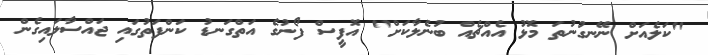
"ކަލެއަށް ނޭނގުނުތަ މޮޅު އެއްޗެއް ބުނެލާކަށް" އޮފީސް ފޯނުގެ އަތްގަނޑު ކަންފަތުގައި ޖައްސާލައިގެން